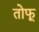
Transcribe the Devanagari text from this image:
तोफू